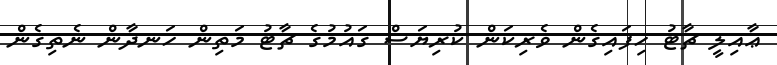
ޢާއިލީ ޗާޓު ހިފައިގެން ވެރިކަން ކުރިޔަސް ގައުމުގެ ޗާޓު މަތިން ހަނދާން ނެތިގެން